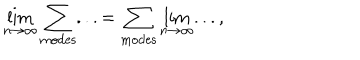
LaTeX: \lim _ { n \rightarrow \infty } \sum _ { \mathrm { m o d e s } } . . . = \sum _ { \mathrm { m o d e s } } \lim _ { n \rightarrow \infty } . . . ,